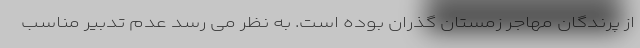
از پرندگان مهاجر زمستان گذران بوده است. به نظر می رسد عدم تدبیر مناسب